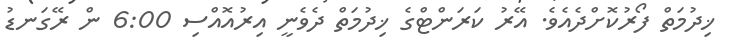
ޚިދުމަތް ފޯރުކޮށްދެއެވެ. އޭރު ކަރަންޓްގެ ޚިދުމަތް ދެވެނީ އިރުއޮއްސި 6:00 ން ރޭގަނޑު